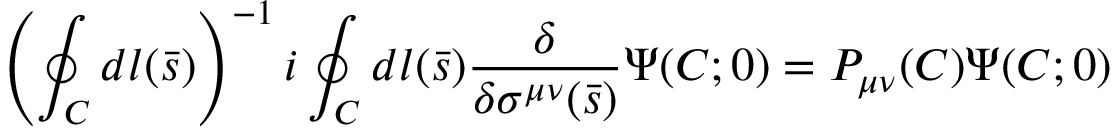
\left( \oint _ { C } d l ( \bar { s } ) \right) ^ { - 1 } i \oint _ { C } d l ( \bar { s } ) { \frac { \delta } { \delta \sigma ^ { \mu \nu } ( \bar { s } ) } } \Psi ( C ; 0 ) = P _ { \mu \nu } ( C ) \Psi ( C ; 0 )